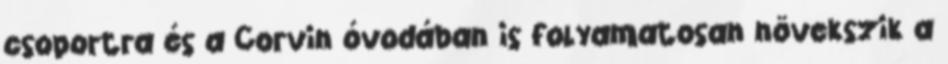
csoportra és a Corvin óvodában is folyamatosan növekszik a